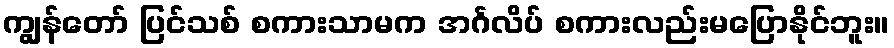
ကျွန်တော် ပြင်သစ် စကားသာမက အင်္ဂလိပ် စကားလည်းမပြောနိုင်ဘူး။